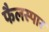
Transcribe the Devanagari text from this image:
फैलस्पार